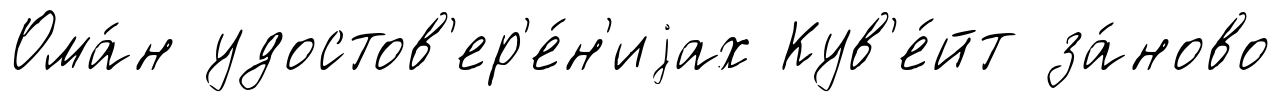
Ома́н удостов'ер'е́н'иjах Кув'е́йт за́ново